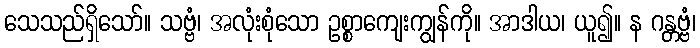
သေသည်ရှိသော်။ သဗ္ဗံ၊ အလုံးစုံသော ဥစ္စာကျေးကျွန်ကို။ အာဒါယ၊ ယူ၍။ န ဂန္တဗ္ဗံ၊